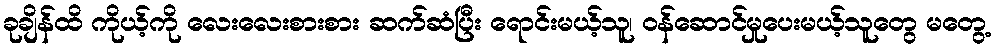
ခုချိန်ထိ ကိုယ့်ကို လေးလေးစားစား ဆက်ဆံပြီး ရောင်းမယ့်သူ၊ ဝန်ဆောင်မှုပေးမယ့်သူတွေ မတွေ့